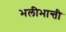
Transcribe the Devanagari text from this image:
भलीभान्ती